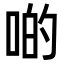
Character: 啲